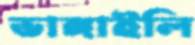
ভাঙ্গাইলি